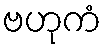
ဗဟုကံ